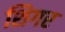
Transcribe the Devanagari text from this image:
शिगर